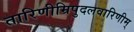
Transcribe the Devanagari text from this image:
तारिणीम्रिपुदलवारिणीम्